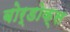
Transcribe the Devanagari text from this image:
बोर्डोक्स